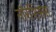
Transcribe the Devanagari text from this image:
नॉरशिसस